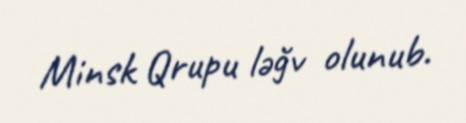
Minsk Qrupu ləğv olunub.